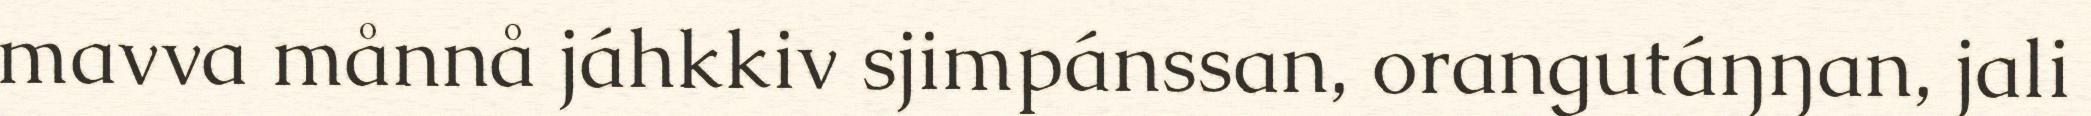
mavva månnå jáhkkiv sjimpánssan, orangutáŋŋan, jali